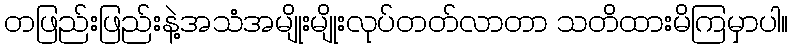
တဖြည်းဖြည်းနဲ့အသံအမျိုးမျိုးလုပ်တတ်လာတာ သတိထားမိကြမှာပါ။